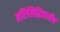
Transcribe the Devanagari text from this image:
हरिसिद्धिप्रदतीर्थ